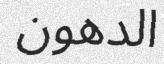
الدهون